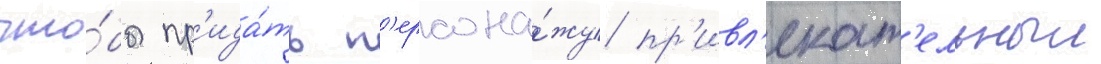
что́бы пр'ида́ть п'ерсона́жу пр'ивл'екат'ельныи